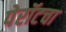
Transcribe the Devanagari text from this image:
पेरॉटचा